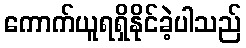
ကောက်ယူရရှိနိုင်ခဲ့ပါသည်